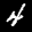
Label: 4